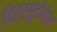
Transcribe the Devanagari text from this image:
मित्रसूचीतील